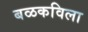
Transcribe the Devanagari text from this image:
बळकविला